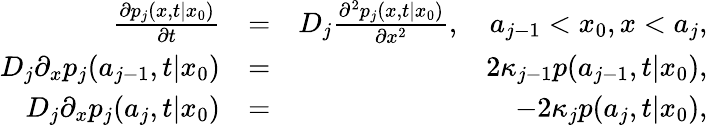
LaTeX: \begin{array}{rlr}{\frac{\partial p_{j}(x,t|x_{0})}{\partial t}}&{=}&{D_{j}\frac{\partial^{2}p_{j}(x,t|x_{0})}{\partial x^{2}},\quad a_{j-1}<x_{0},x<a_{j},}\\ {D_{j}\partial_{x}p_{j}(a_{j-1},t|x_{0})}&{=}&{2\kappa_{j-1}p(a_{j-1},t|x_{0}),}\\ {D_{j}\partial_{x}p_{j}(a_{j},t|x_{0})}&{=}&{-2\kappa_{j}p(a_{j},t|x_{0}),}\end{array}